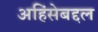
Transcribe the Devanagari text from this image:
अहिंसेबद्दल